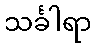
သင်္ခါရာ